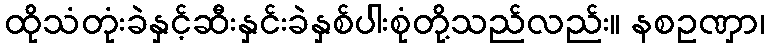
ထိုသံတုံးခဲနှင့်ဆီးနှင်းခဲနှစ်ပါးစုံတို့သည်လည်း။ နစဥဏှာ၊